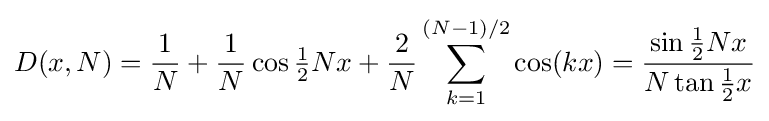
D(x,N)={\frac {1}{N}}+{\frac {1}{N}}\cos {\tfrac {1}{2}}Nx+{\frac {2}{N}}\sum _{k=1}^{(N-1)/2}\cos(kx)={\frac {\sin {\tfrac {1}{2}}Nx}{N\tan {\tfrac {1}{2}}x}}